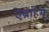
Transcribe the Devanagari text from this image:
ऐब्राहम